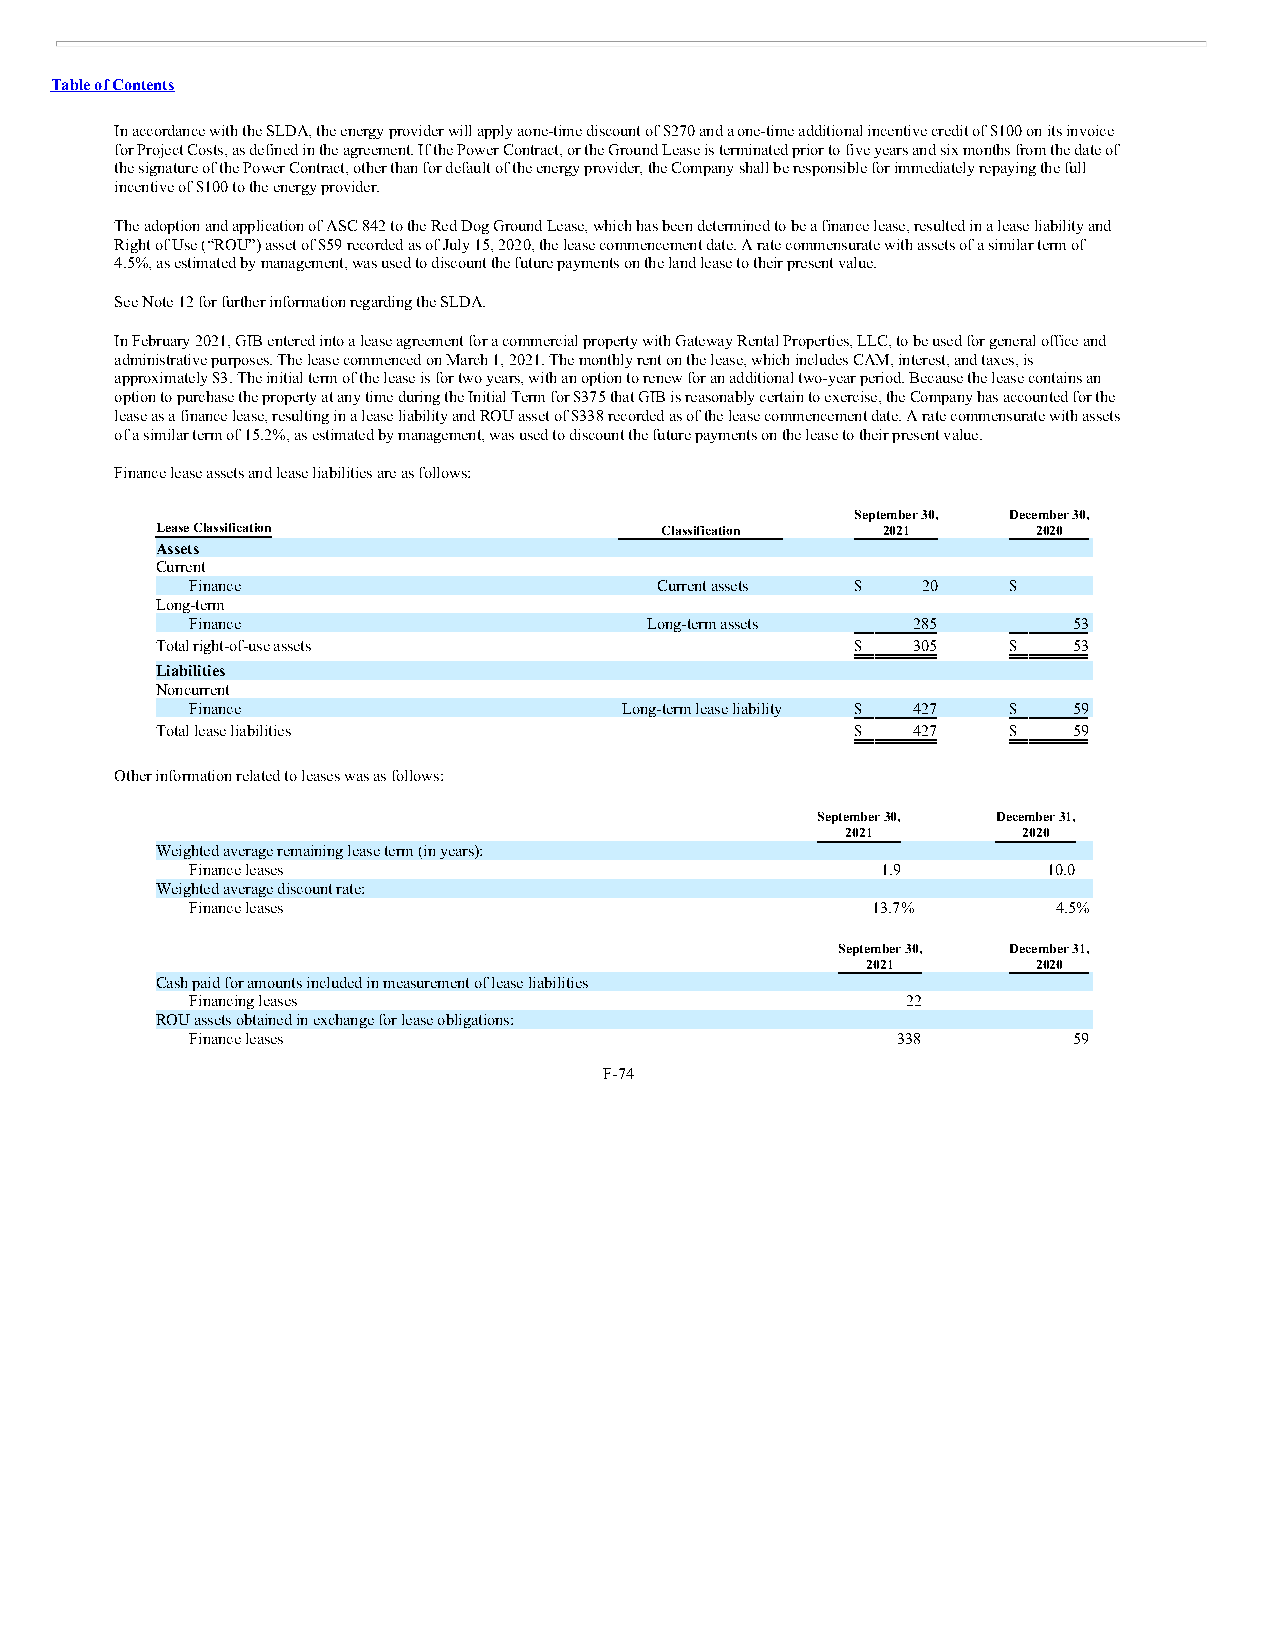
Table of Contents
 In accordance with the SLDA, the energy provider will apply a one-time discount of $270 and a one-time additional incentive credit of $100 on its invoice
 for Project Costs, as defined in the agreement. If the Power Contract, or the Ground Lease is terminated prior to five years and six months from the date of
 the signature of the Power Contract, other than for default of the energy provider, the Company shall be responsible for immediately repaying the full
 incentive of $100 to the energy provider.
 The adoption and application of ASC 842 to the Red Dog Ground Lease, which has been determined to be a finance lease, resulted in a lease liability and
 Right of Use (“ROU”) asset of $59 recorded as of July 15, 2020, the lease commencement date. A rate commensurate with assets of a similar term of
 4.5%, as estimated by management, was used to discount the future payments on the land lease to their present value.
 See Note 12 for further information regarding the SLDA.
 In February 2021, GIB entered into a lease agreement for a commercial property with Gateway Rental Properties, LLC, to be used for general office and
 administrative purposes. The lease commenced on March 1, 2021. The monthly rent on the lease, which includes CAM, interest, and taxes, is
 approximately $3. The initial term of the lease is for two years, with an option to renew for an additional two-year period. Because the lease contains an
 option to purchase the property at any time during the Initial Term for $375 that GIB is reasonably certain to exercise, the Company has accounted for the
 lease as a finance lease, resulting in a lease liability and ROU asset of $338 recorded as of the lease commencement date. A rate commensurate with assets
 of a similar term of 15.2%, as estimated by management, was used to discount the future payments on the lease to their present value.
 Finance lease assets and lease liabilities are as follows:
 September 30, December 30,
 Lease Classification              Classification 2021      2020
 Assets
 Current
 Finance                       Current assets $  20    $  —
 Long-term
 Finance                       Long-term assets 285        53
 Total right-of-use assets                      $  305    $   53
 Liabilities
 Noncurrent
 Finance                     Long-term lease liability $ 427 $ 59
 Total lease liabilities                        $  427    $   59
 Other information related to leases was as follows:
 September 30, December 31,
 2021        2020
 Weighted average remaining lease term (in years):
 Finance leases                               1.9        10.0
 Weighted average discount rate:
 Finance leases                               13.7%       4.5%
 September 30, December 31,
 2021        2020
 Cash paid for amounts included in measurement of lease liabilities
 Financing leases                               22        —
 ROU assets obtained in exchange for lease obligations:
 Finance leases                                338         59
 F-74